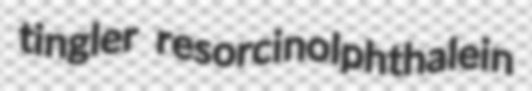
tingler resorcinolphthalein